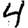
Digit: 4